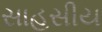
સાહસીય